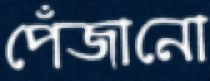
পেঁজানো